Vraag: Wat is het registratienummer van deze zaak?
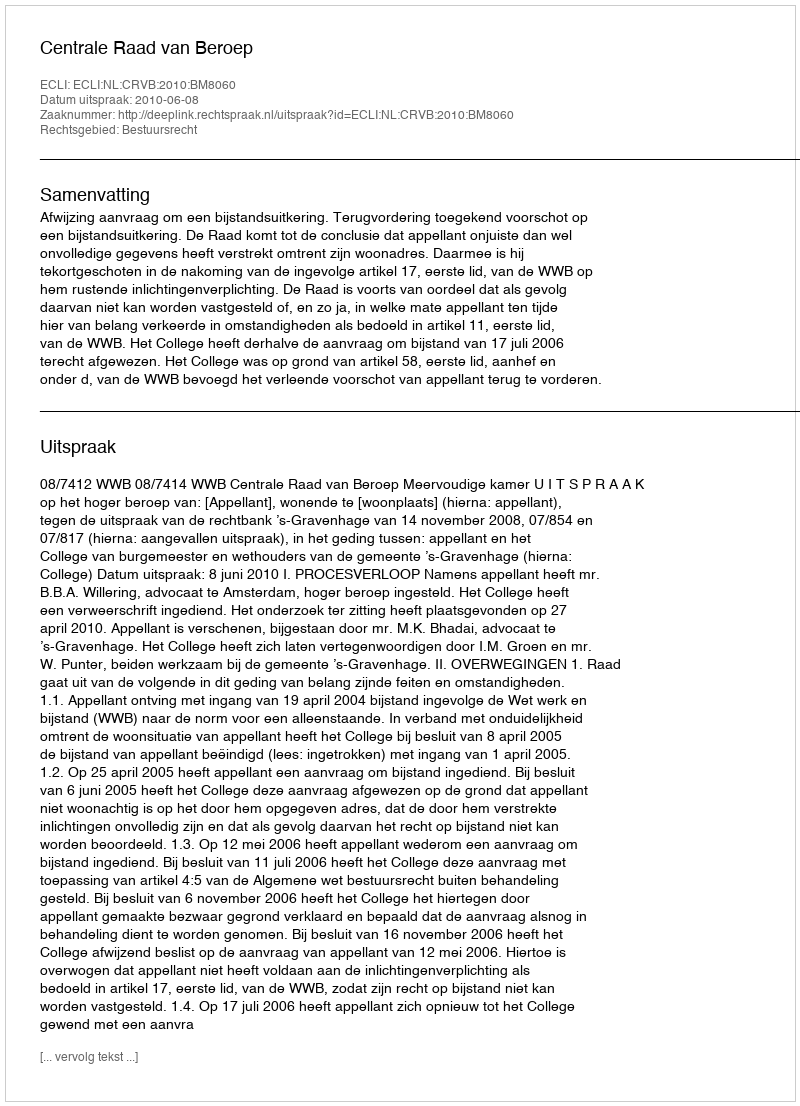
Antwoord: http://deeplink.rechtspraak.nl/uitspraak?id=ECLI:NL:CRVB:2010:BM8060